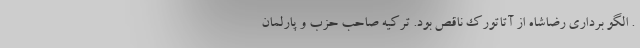
. الگو برداری رضاشاه از آتاتورک ناقص بود. ترکیه صاحب حزب و پارلمان